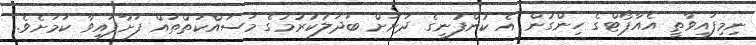
ނިމިފައިވާތީ އެއާޕޯޓްގެ ހިންގުން އެ ކުންފުނީގެ ދަށަށް ބަދަލުކުރުމުގެ މަސައްކަތްތައް ފަށާފައިވާ ކަމަށެވެ.